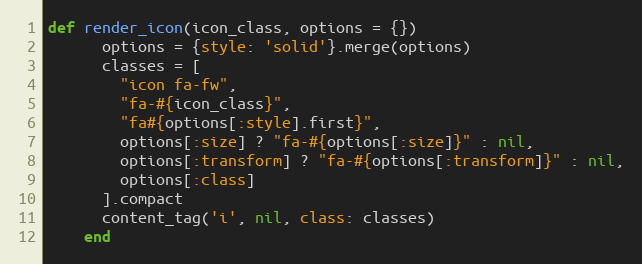
Language: Ruby
def render_icon(icon_class, options = {})
      options = {style: 'solid'}.merge(options)
      classes = [
        "icon fa-fw",
        "fa-#{icon_class}",
        "fa#{options[:style].first}",
        options[:size] ? "fa-#{options[:size]}" : nil,
        options[:transform] ? "fa-#{options[:transform]}" : nil,
        options[:class]
      ].compact
      content_tag('i', nil, class: classes)
    end